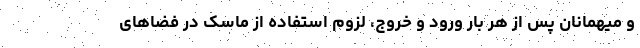
و میهمانان پس از هر بار ورود و خروج، لزوم استفاده از ماسک در فضاهای